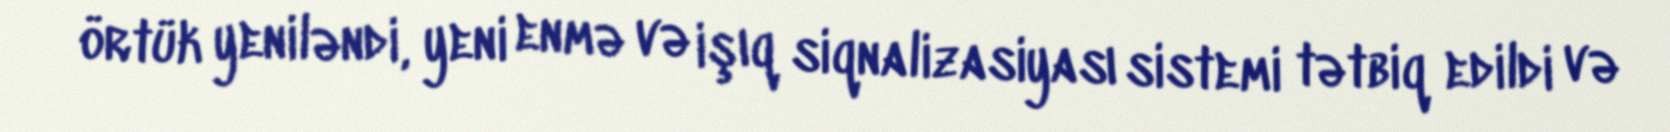
örtük yeniləndi, yeni enmə və işıq siqnalizasiyası sistemi tətbiq edildi və